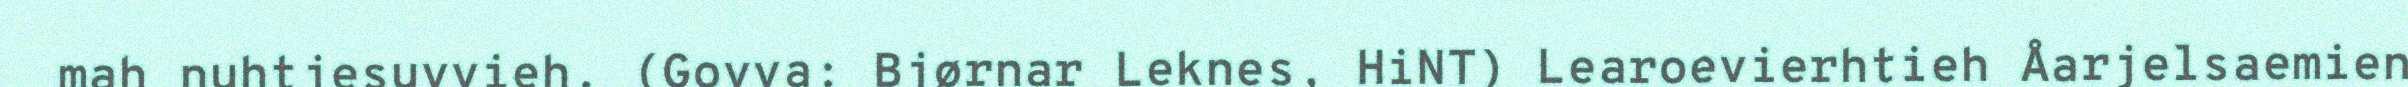
mah nuhtjesuvvieh. (Govva: Bjørnar Leknes, HiNT) Learoevierhtieh Åarjelsaemien